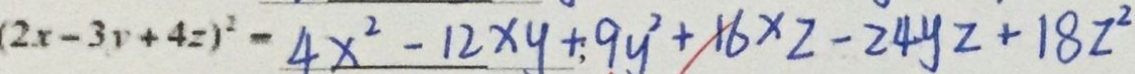
( 2 x - 3 y + 4 z ) ^ { 2 } - 4 x ^ { 2 } - 1 2 x y + 9 y ^ { 2 } + 1 6 x z - 2 4 y z + 1 8 z ^ { 2 }